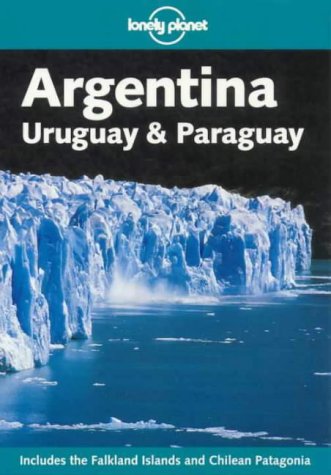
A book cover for Lonely Planet Argentina: Uruguay & Paraguay (Lonely Planet Argentina, Uruguay and Paruguay); Wayne Bernhardson; Travel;